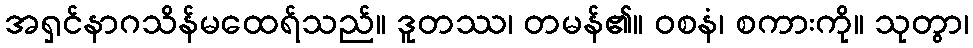
အရှင်နာဂသိန်မထေရ်သည်။ ဒူတဿ၊ တမန်၏။ ဝစနံ၊ စကားကို။ သုတွာ၊